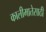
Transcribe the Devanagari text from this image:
कालीमातेसाठी